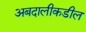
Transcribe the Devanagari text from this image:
अबदालीकडील